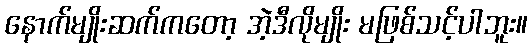
နောက်မျိုးဆက်ကတော့ အဲ့ဒီလိုမျိုး မဖြစ်သင့်ပါဘူး။